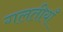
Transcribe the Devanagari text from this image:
गलतीयाँ